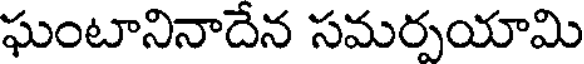
ఘంటానినాదేన సమర్పయామి